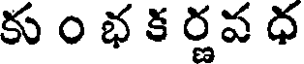
కు ం భ క ర్ణవ ధ